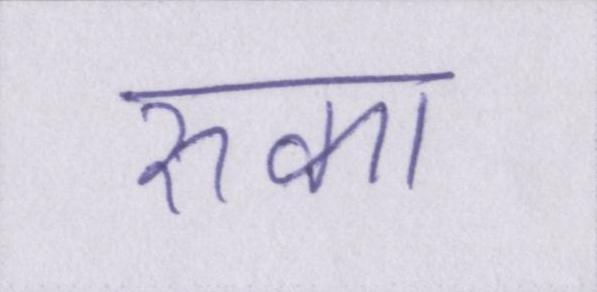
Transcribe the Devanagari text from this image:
रुका